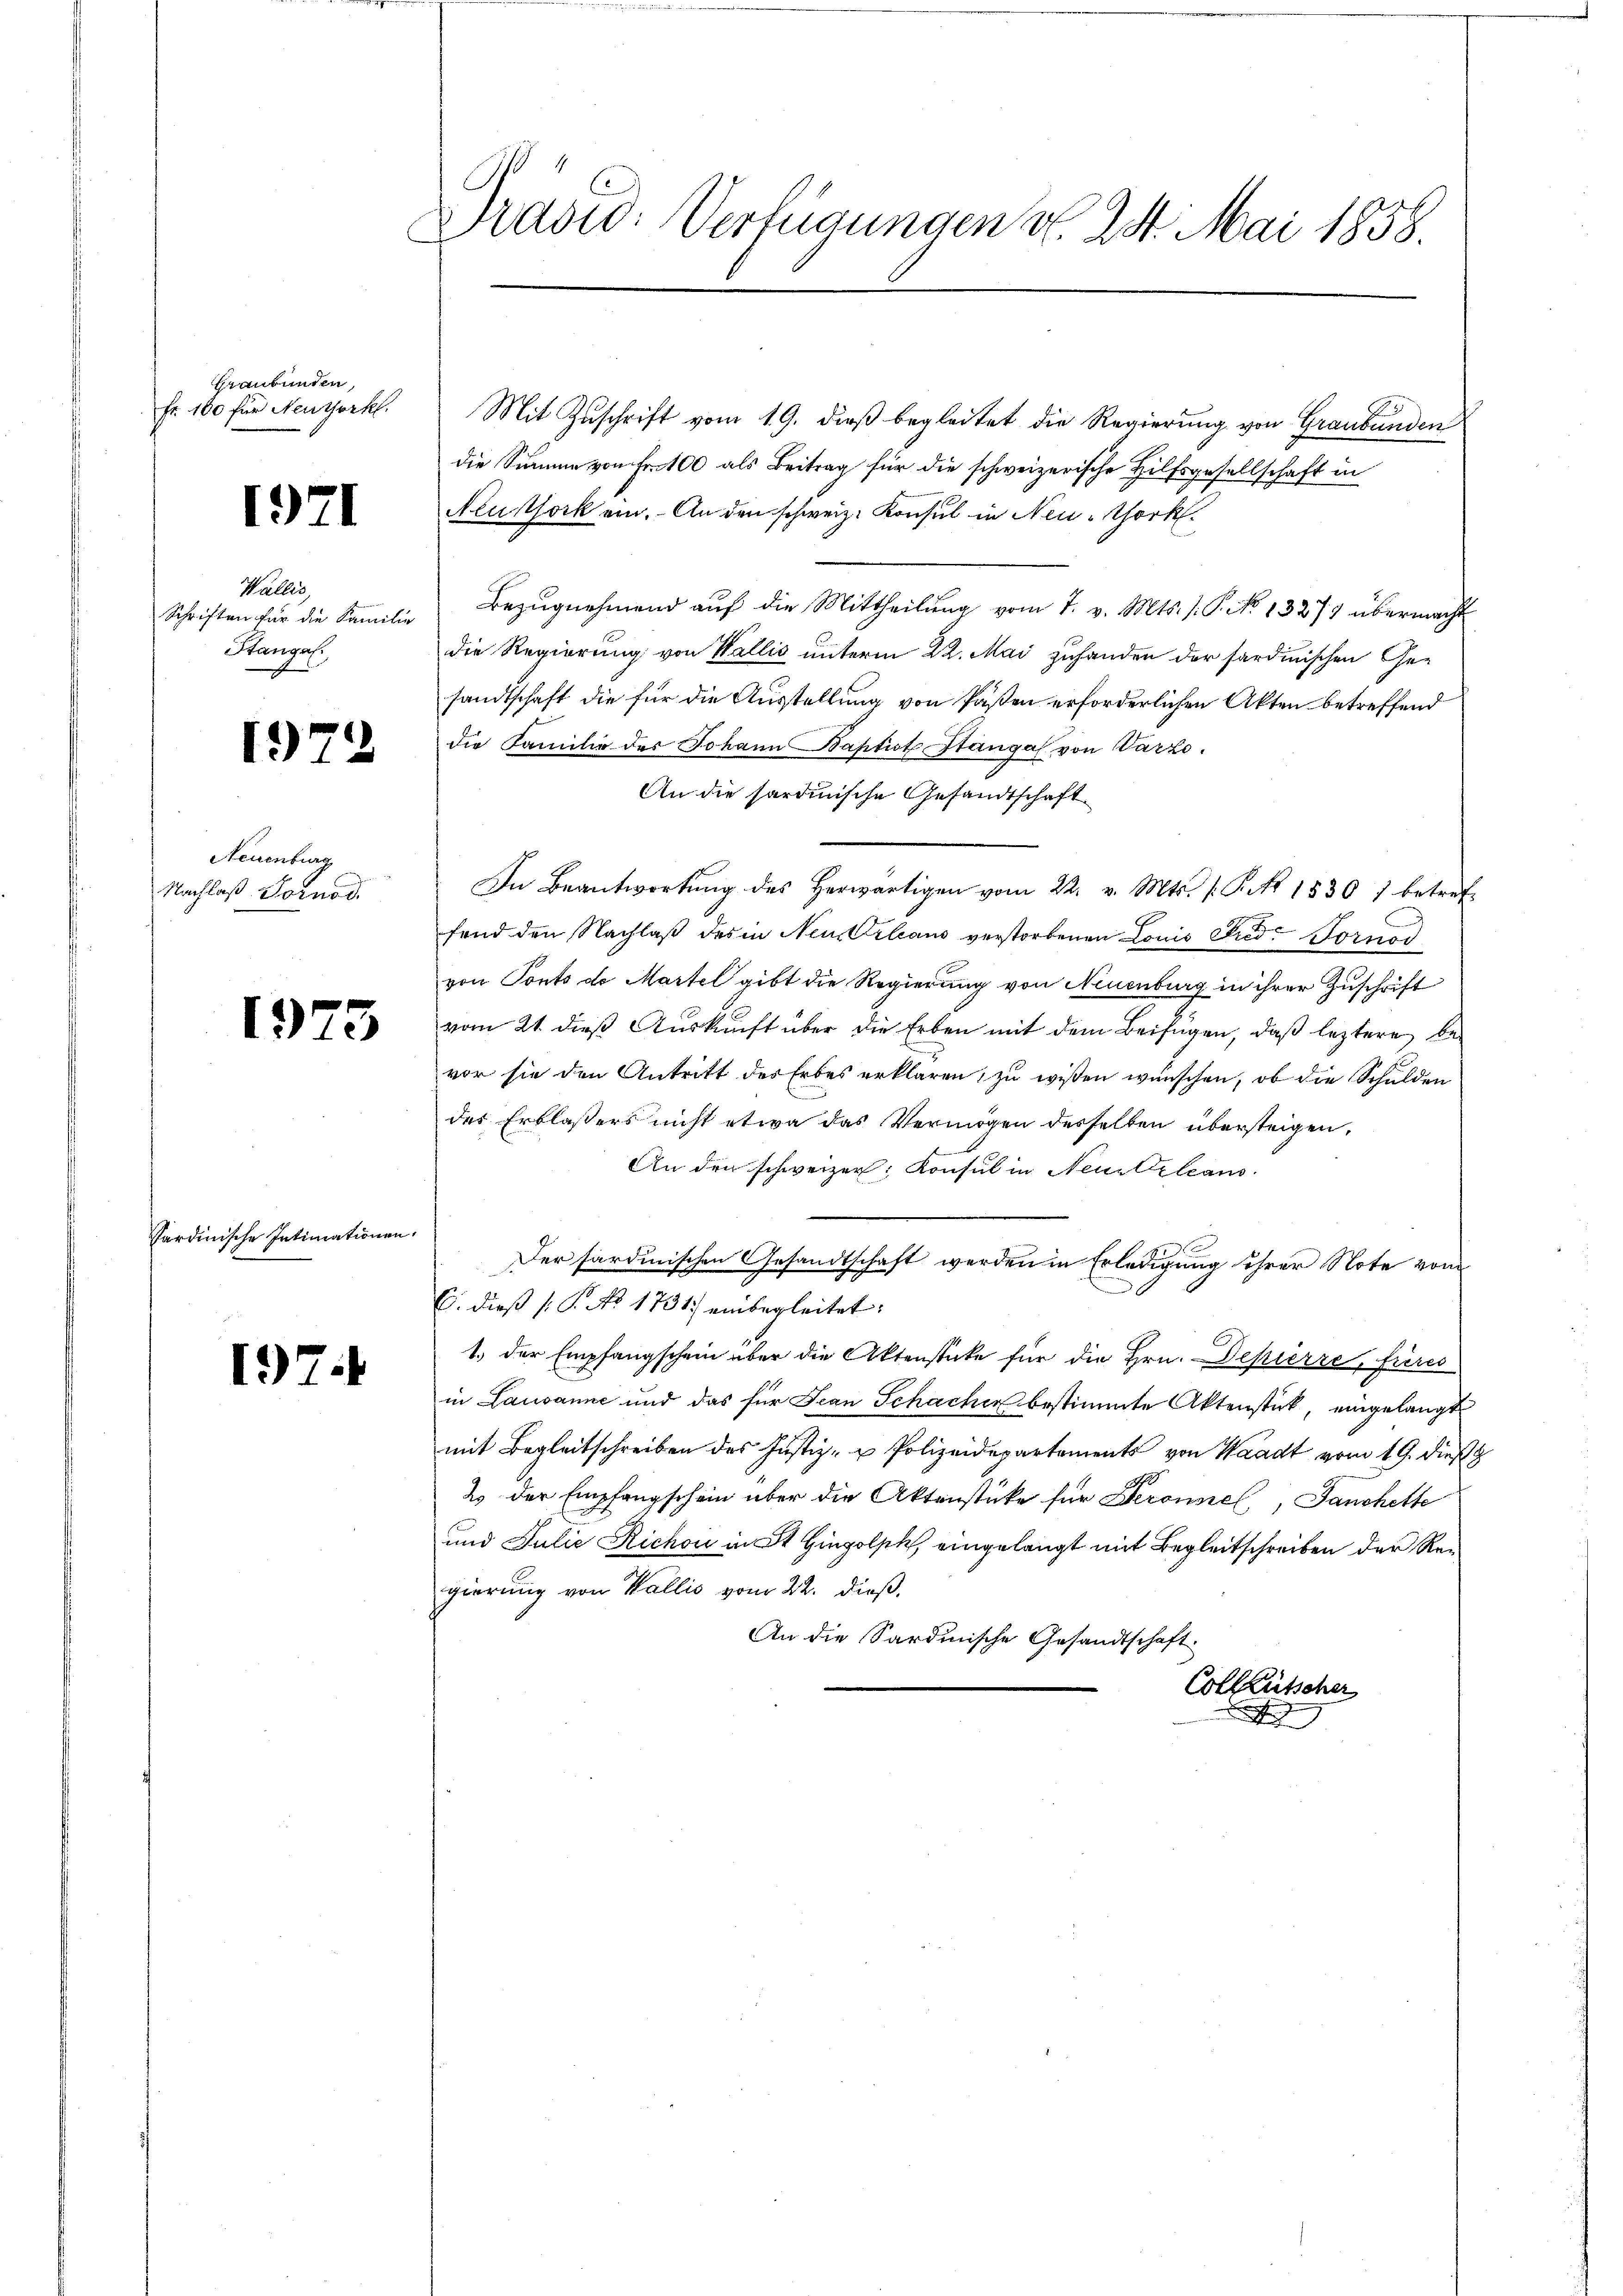
hraubünden,
Fr. 100 für Neuthork

1971

Wallis
Schriften für die Familie
Stangel.

1972

Neuenburg
Nachlaß Torno d.

1975

Sardinische Intimationen

197.

¬

Prasid: Verfügungen v. 24. Mai 1858.

Mit Zuschrift vom 19. dieß begleitet die Regierung von Graubünden
die Summe von Fr. 100 als Beitrag für die schweizerische Hilfsgesellschaft in
Neustock ein. An den schweiz. Konsul in Neu-Chork
Bezŭgnehmend auf die Mittheilung vom 7. v. Mts. /: P. No 13279 übermacht
die Regierung von Wallis unterm 22. Mai zuhanden der sardinischen Gesandtschaft die für die Ausstellung von Pasten erforderlichen Akten betreffend
die Familie des Johann Baptist Stangal von Varzo.
An die sardinische Gesandtschaft
In Beantwortŭng des herwärtigen vom 22. v. Mts. 1. P. Nr. 1530) betref-
fend den Nachlaß des in Neurlaus verstorbenen Louis Frid. Fornod
von Ponto de Martel gibt die Regierung von Neuenburg in ihrer Zuschrift
vom 21. dieß Auskunft über die Erben mit dem Beifügen, daß leztere bevor sie den Antritt des Erbes erklären, zu wißen wünschen, ob die Schulden
des Erblassers nicht etwa das Vermögen desselben übersteigen,
An den schweizer. Konsul in Nein Kelcaus
Der sardinischen Gesandtschaft werden in Erledigung ihrer Note vom
C. dieß P. No. 1731) einbegleitet.
1.) der Empfangschein über die Aktenstücke für die Hrn. Depierre, füres
in Lausanne und das für Jean Schachen bestimmte Aktenstück, eingelangt
mit Begleitschreiben des Justiz- u Polizeidepartements von Waadt vom 19. dieß
2. der Empfangschein über die Aktenstüke für Deronnel, Tanchette
und Julie Richon in St. Hingolsk, eingelangt mit Begleitschreiben der Regierung von Wallis vom 22. dieß,
An die Sardinische Gesandtschaft.
Collkutscher

e